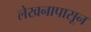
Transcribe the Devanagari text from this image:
लेखनापासून